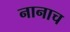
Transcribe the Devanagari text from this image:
नानाच